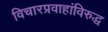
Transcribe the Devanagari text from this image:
विचारप्रवाहांविरुद्ध